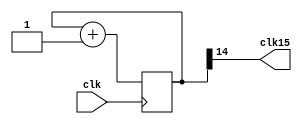
`timescale 1ns / 1ps
//////////////////////////////////////////////////////////////////////////////////
// Company: 
// Engineer: 
// 
// Design Name: 
// Module Name:    clock_divisor 
// Project Name: 
// Target Devices: 
// Tool versions: 
// Description: 
//
// Dependencies: 
//
// Revision: 
// Revision 0.01 - File Created
// Additional Comments: 
//
//////////////////////////////////////////////////////////////////////////////////
module clock_divisor(clk15, clk);
	input clk;
	output clk15;

	reg [14:0] num;
	wire [14:0] next_num;

	always @(posedge clk) begin
		num <= next_num;
	end

	assign next_num = num + 1;
	assign clk15 = num[14];
endmodule